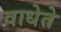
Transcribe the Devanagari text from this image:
वाधेते